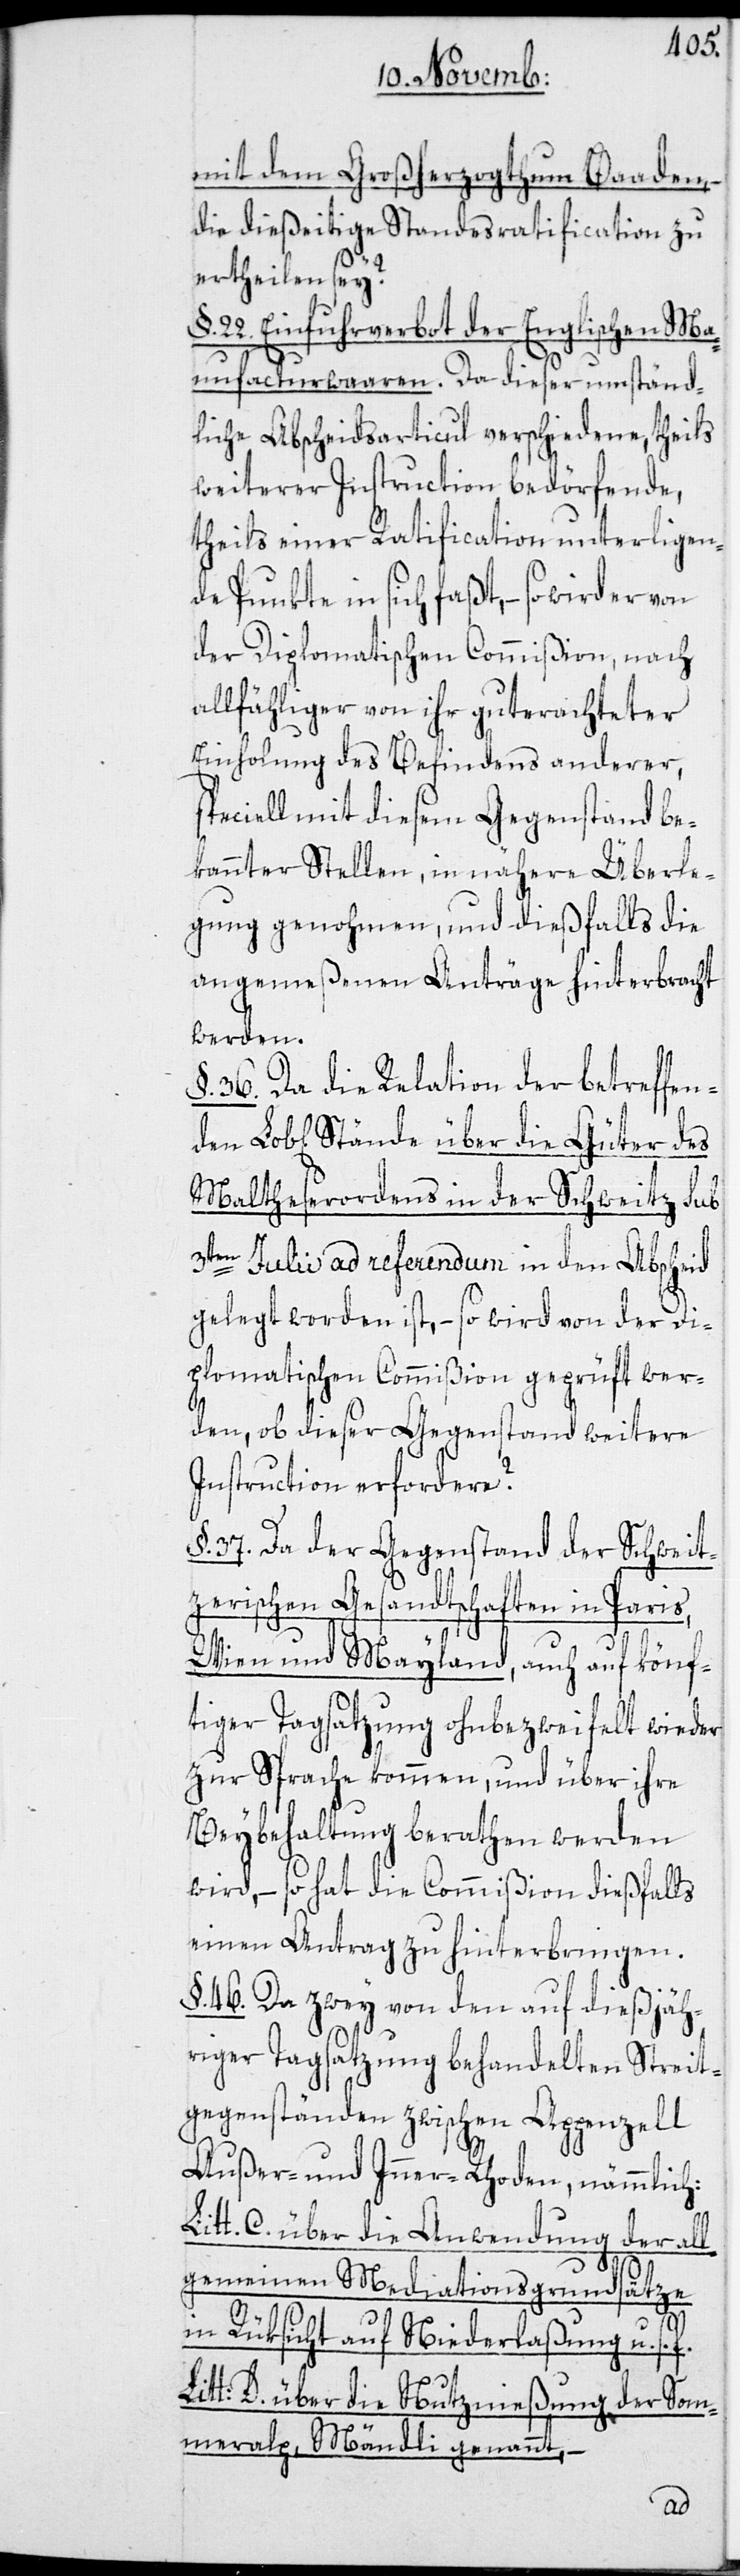
mit dem Großherzogthum Baaden,
die dießeitige Standesratification zu
ertheilen sey?
22. Einfuhrverbot der Englischen Ma¬
nufacturwaaren. Da dieser umständ¬
liche Abscheidsarticul verschiedene, theils
weiterer Instruction bedörfende,
theils einer Ratification unterligen¬
de Punkte in sich faßt, – so wird er
der Diplomatischen Commißion, nach
allfähliger von ihr guterachteter
Einholung des Befindes anderer,
speciell mit diesem Gegenstand be¬
kannter Stellen, in nähere Überle¬
gung genohmen, und dießfalls die
angemeßenen Anträge hinterbracht
werden.
§. 36. Da die Relation der betreffend¬
Maltheserordens in der Schweitz sub
3ten Julii ad referendum in den Abscheid
gelegt worden ist, – so wird von der Di¬
plomatischen Commißion geprüft wer¬
den, ob dieser Gegenstand weitere
Instruction erfordere?
§. 37. Da der Gegenstand der Schweit¬
zerischen Gesandtschaften in Paris,
Wien und Mayland, auch auf könf¬
tiger Tagsatzung ohnbezweifelt wieder
zur Sprache kommen, und über ihre
Beybehaltung berathen werden
wird, – so hat die Commißion dießfalls
einen Antrag zu hinterbringen.
§. 46. Da zwey von den auf dießjäh¬
riger Tagsatzung behandelten Streit¬
gegenstände zwischen Appenzell
Außer- und Inner-Rhoden, nämmlich:
Litt. C. über die Anwendung der all¬
gemeinen Mediationsgrundsätze
in Rüksicht auf Niederlaßung u. s.
Litt: D. über die Nutznießung der Som¬
meralp, Mändli genannt,
en